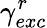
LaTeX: \gamma_{exc}^{r}